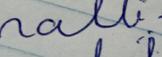
Signature authenticity: forged